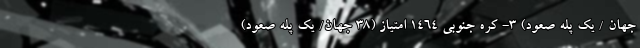
جهان / یک پله صعود) 3- کره جنوبی 1464 امتیاز (38 جهان/ یک پله صعود)